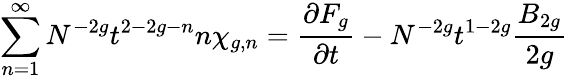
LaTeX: \sum_{n=1}^{\infty}N^{-2g}t^{2-2g-n}n\chi_{g,n}={\frac{\partial F_{g}}{\partial t}}-N^{-2g}t^{1-2g}{\frac{B_{2g}}{2g}}